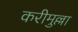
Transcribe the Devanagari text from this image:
करीमुल्ला